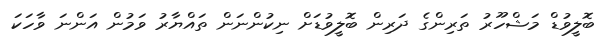
ބޮލީވުޑް މަޝްހޫރު ތަރިންގެ ދަރިން ބޮލީވުޑަށް ނިކުންނަން ތައްޔާރު ވަމުން އަންނަ ވާހަކަ